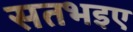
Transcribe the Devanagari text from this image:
सतभइए